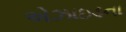
એઝાઇડના